Annual administration report of the Civil Veterinary Department of India - 1900-1901
Year: 1900
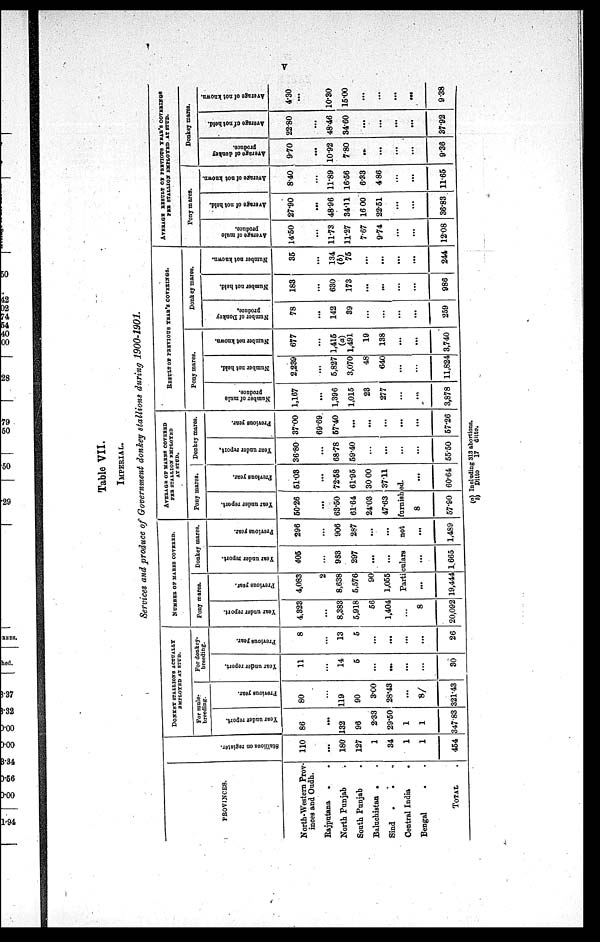
V
Table VII,
IMPERIAL.
Services and produce of Government donkey stallions during 1900-1901.
PROVINCES.
North-Western Prov-
inces and Oudh.
Rajputana
. .
North Punjab .
South Punjab .
Baluchistan . .
Sind . . .
Central India
.
Bengal . .
TOTAL .
Stallions on register.
110
...
180
127
1
34
1
1
454
DONKEY STALLIONS ACTUALLY
EMPLOYED AT STUD.
For mule-
breeding.
Year under report.
86
...
132
96
2.33
29.50
1
1
347.83
Previous year.
80
...
119
90
3.00
28.43
...
8
321.43
For donkey-
breeding.
Year under report.
11
...
14
5
...
...
...
...
30
Previous year.
8
...
13
5
...
...
...
...
26
NUMBER OF MARES COVERED.
Pony mares.
Year under report.
4,323
...
8,383
5,918
56
1,404
...
8
20,092
Previous year.
4,083
2
8,638
5,576
90
1,055
Donkey mares.
Year under report.
405
...
963
297
...
...
Previous year.
296
...
906
287
...
...
AVERAGE OF MARES COVERED
PER STALLION EMPLOYED
AT STUD.
Pony mares.
Year under report.
50.26
...
63.50
61.64
24.03
47.63
Previous year.
51.03
...
72.58
61.95
30.00
37.11
Particulars
not
furnished.
...
19,444
...
1,665
...
1,489
8
57.90
...
60.64
Donkey mares.
Year under report.
36.80
...
68.78
59.40
...
...
...
...
55.50
Previous year.
37.00
69.69.
57.40
...
...
...
...
...
57.26
RESULT OF PREVIOUS YEAR'S COVERINGS.
Pony mares.
Number of mule
produce.
1,167
...
1,396
1,015
23
277
...
...
3,878
Number not held.
2,239
...
5,827
3,070
48
640
...
...
11,824
Number not known.
677
...
1,415
(a)
1,491
19
138
...
...
3,740
Donkey mares.
Number of Donkey
produce.
78
...
142
39
...
...
...
...
259
Number not held.
183
...
630
173
...
...
...
...
986
Number not known.
35
...
134
(b)
75
...
...
...
...
244
AVERAGE RESULT OF PREVIOUS YEAR'S COVERINGS
PER STALLION EMPLOYED AT STUD.
Pony mares.
Average of mule
produce.
14.50
...
11.73
11.27
7.67
9.74
...
...
12.08
Average of not held.
27.90
. ..
48.96
34.11
16 00
22.51
...
...
36.83
Average of not known.
8.40
...
11.89
16.56
6.33
4.86
...
...
11.65
Donkey mares.
Average of donkey
produce.
9.70
...
10.92
7.80
...
...
...
...
9.36
Average of not held.
22.80
...
48.46
34.60
...
...
...
...
37.92
Average of not known.
4.30
...
10.30
15.00
...
...
...
...
9.38
(a) Including 313 abortions.
b) Ditto
17 ditto.